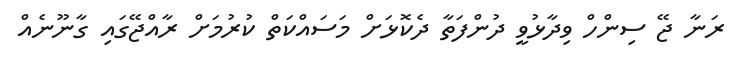
ރަނާ ޖޭ ސިންހް ވިދާޅުވީ ދުންފަތާ ދެކޮޅަށް މަސައްކަތް ކުރުމަށް ރާއްޖޭގައި ގާނޫނެއް